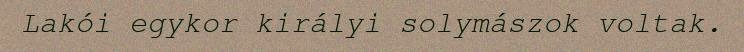
Lakói egykor királyi solymászok voltak.